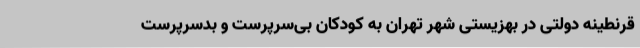
قرنطینه‌ دولتی در بهزیستی شهر تهران به کودکان بی‌سرپرست و بدسرپرست